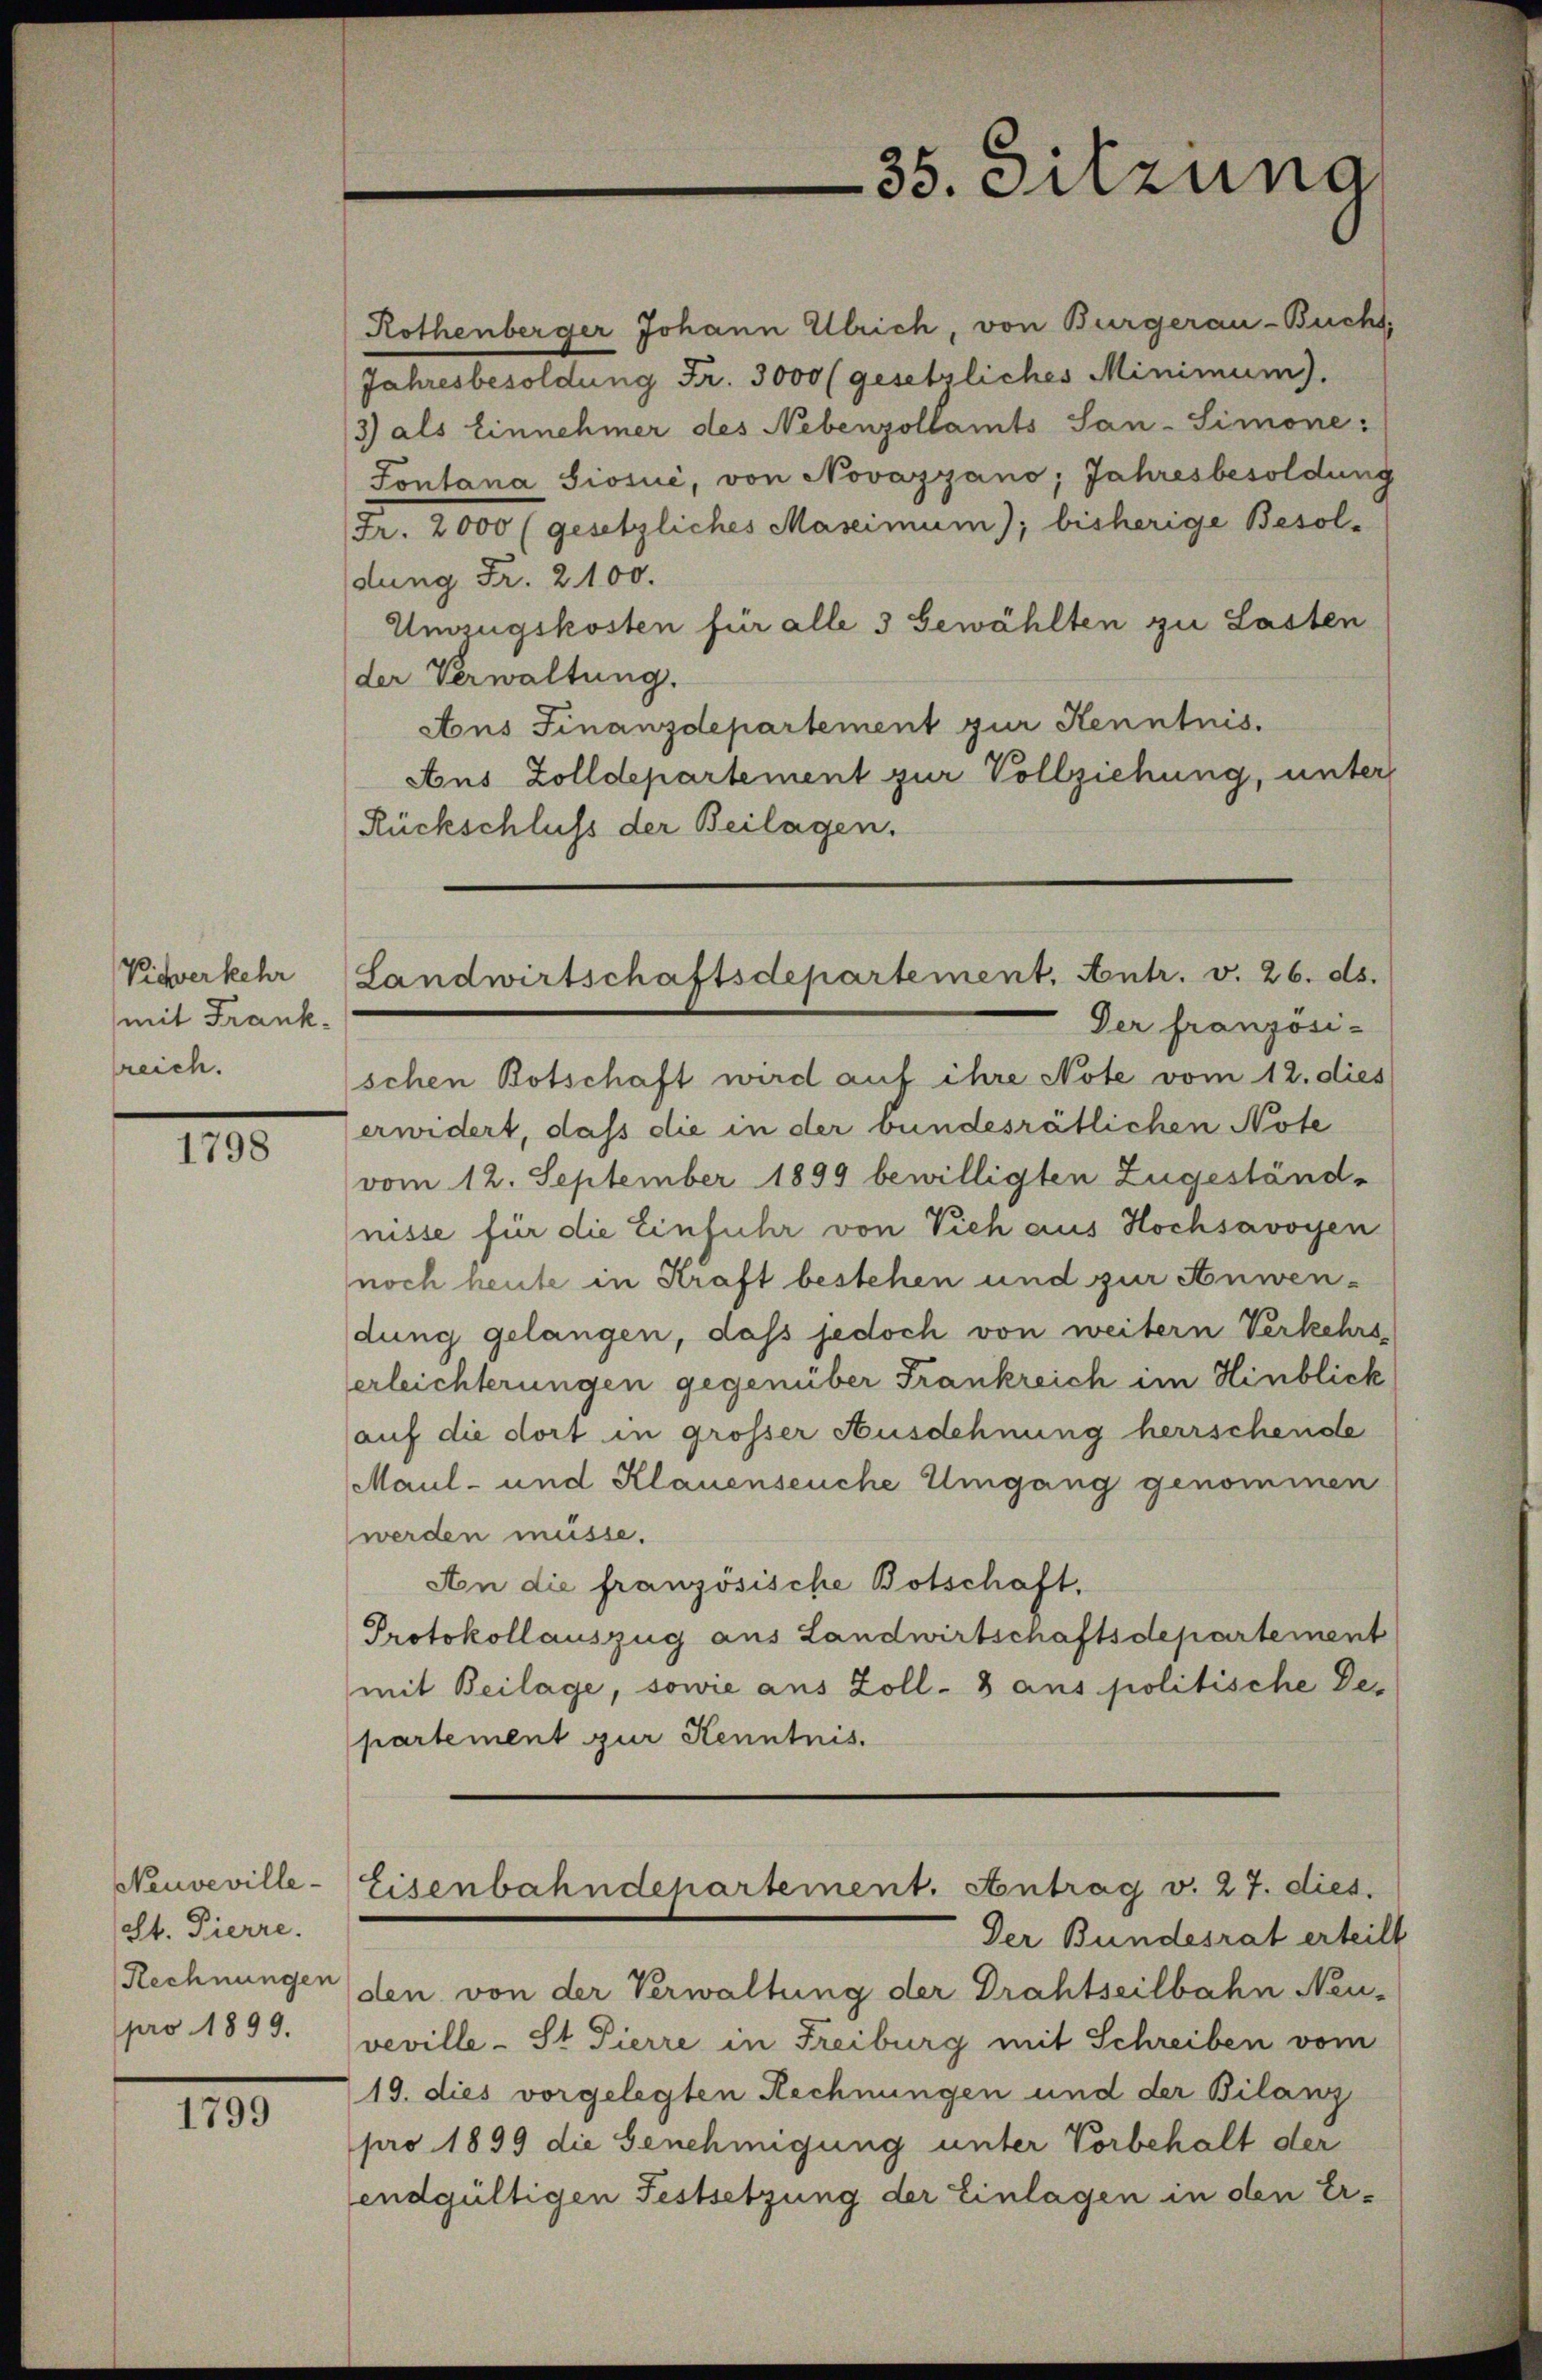
Vieverkehr
mit Frank.
reich.

1798

Neuveville-
(St. Pierre.
Rechnungen
pro 1899.

1799

35. Sitzung

Landwirtschaftsdepartement. Antr. v. 26. ds.

Rothenberger Johann Ulrich, von Burgerau-Buchs,
Jahresbesoldung Fr. 3000 (gesetzliches Minimum).
3) als Einnehmer des Nebenzollamts San-Simone:
Fontana Siosić, von Novazyano; Jahresbesoldung
Fr. 2000 (gesetzliches Maseimum); bisherige Besol-
dung Fr. 2100.
Umzugskosten für alle 3 Gewählten zu Lasten
der Verwaltung.
Aons Finanzdepartement zur Kenntnis.
Aus Zolldepartement zur Vollziehung, unter
Rückschluss der Beilagen.
Der französi-
schen Botschaft wird auf ihre Note vom 12. dies
erwidert, daß die in der bundesrätlichen Note
vom 12. September 1899 bewilligten Zugeständ-
nisse für die Einfuhr von Vieh aus Hochsavoyen
noch heute in Kraft bestehen und zur Anwendung gelangen, dass jedoch von weitern Verkehrs-
erleichterungen gegenüber Frankreich im Hinblick
auf die dort in grosser Ausdehnung herrschenste
Maul- und Klauenseuche Umgang genommen
werden müsse.
An die französische Botschaft.
Protokollauszug aus Landwirtschaftsdepartement
mit Beilage, sowie aus Zoll- 8 ans politische De-
partement zur Kenntnis.
Eisenbahndepartement. Antrag v. 27. dies.
Der Bundesrat erteilt
den von der Verwaltung der Drahtseilbahn Neu-
veville - St Pierre in Freiburg mit Schreiben vom
19. dies vorgelegten Rechnungen und der Bilanz
pro 1899 die Genehmigung unter Vorbehalt der
endgültigen Festsetzung der Einlagen in den Er¬